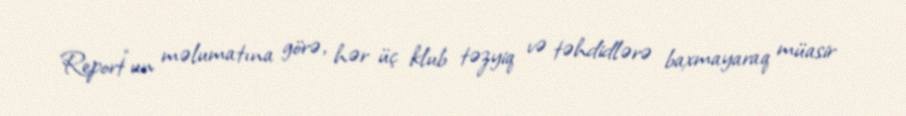
Report"un məlumatına görə, hər üç klub təzyiq və təhdidlərə baxmayaraq müasir